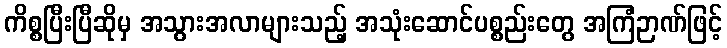
ကိစ္စပြီးပြီဆိုမှ အသွားအလာများသည့် အသုံးဆောင်ပစ္စည်းတွေ အကြံဉာဏ်ဖြင့်